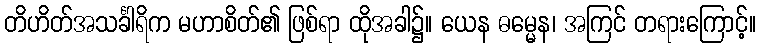
တိဟိတ်အသင်္ခါရိက မဟာစိတ်၏ ဖြစ်ရာ ထိုအခါ၌။ ယေန ဓမ္မေန၊ အကြင် တရားကြောင့်။